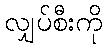
လျှပ်စီးကို